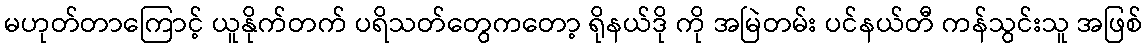
မဟုတ်တာကြောင့် ယူနိုက်တက် ပရိသတ်တွေကတော့ ရိုနယ်ဒို ကို အမြဲတမ်း ပင်နယ်တီ ကန်သွင်းသူ အဖြစ်